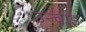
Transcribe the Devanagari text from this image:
उन्चाइ